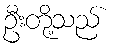
ဦးတို့သည်